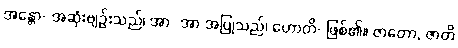
အန္တော- အဆုံးဗျဉ်းသည်၊ အာ- အာ အပြုသည်၊ ဟောတိ- ဖြစ်၏။ ဇာတော, ဇာတိ